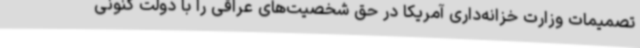
تصمیمات وزارت خزانه‌داری آمریکا در حق شخصیت‌های عراقی را با دولت کنونی